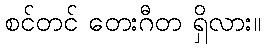
စင်တင် တေးဂီတ ရှိလား။